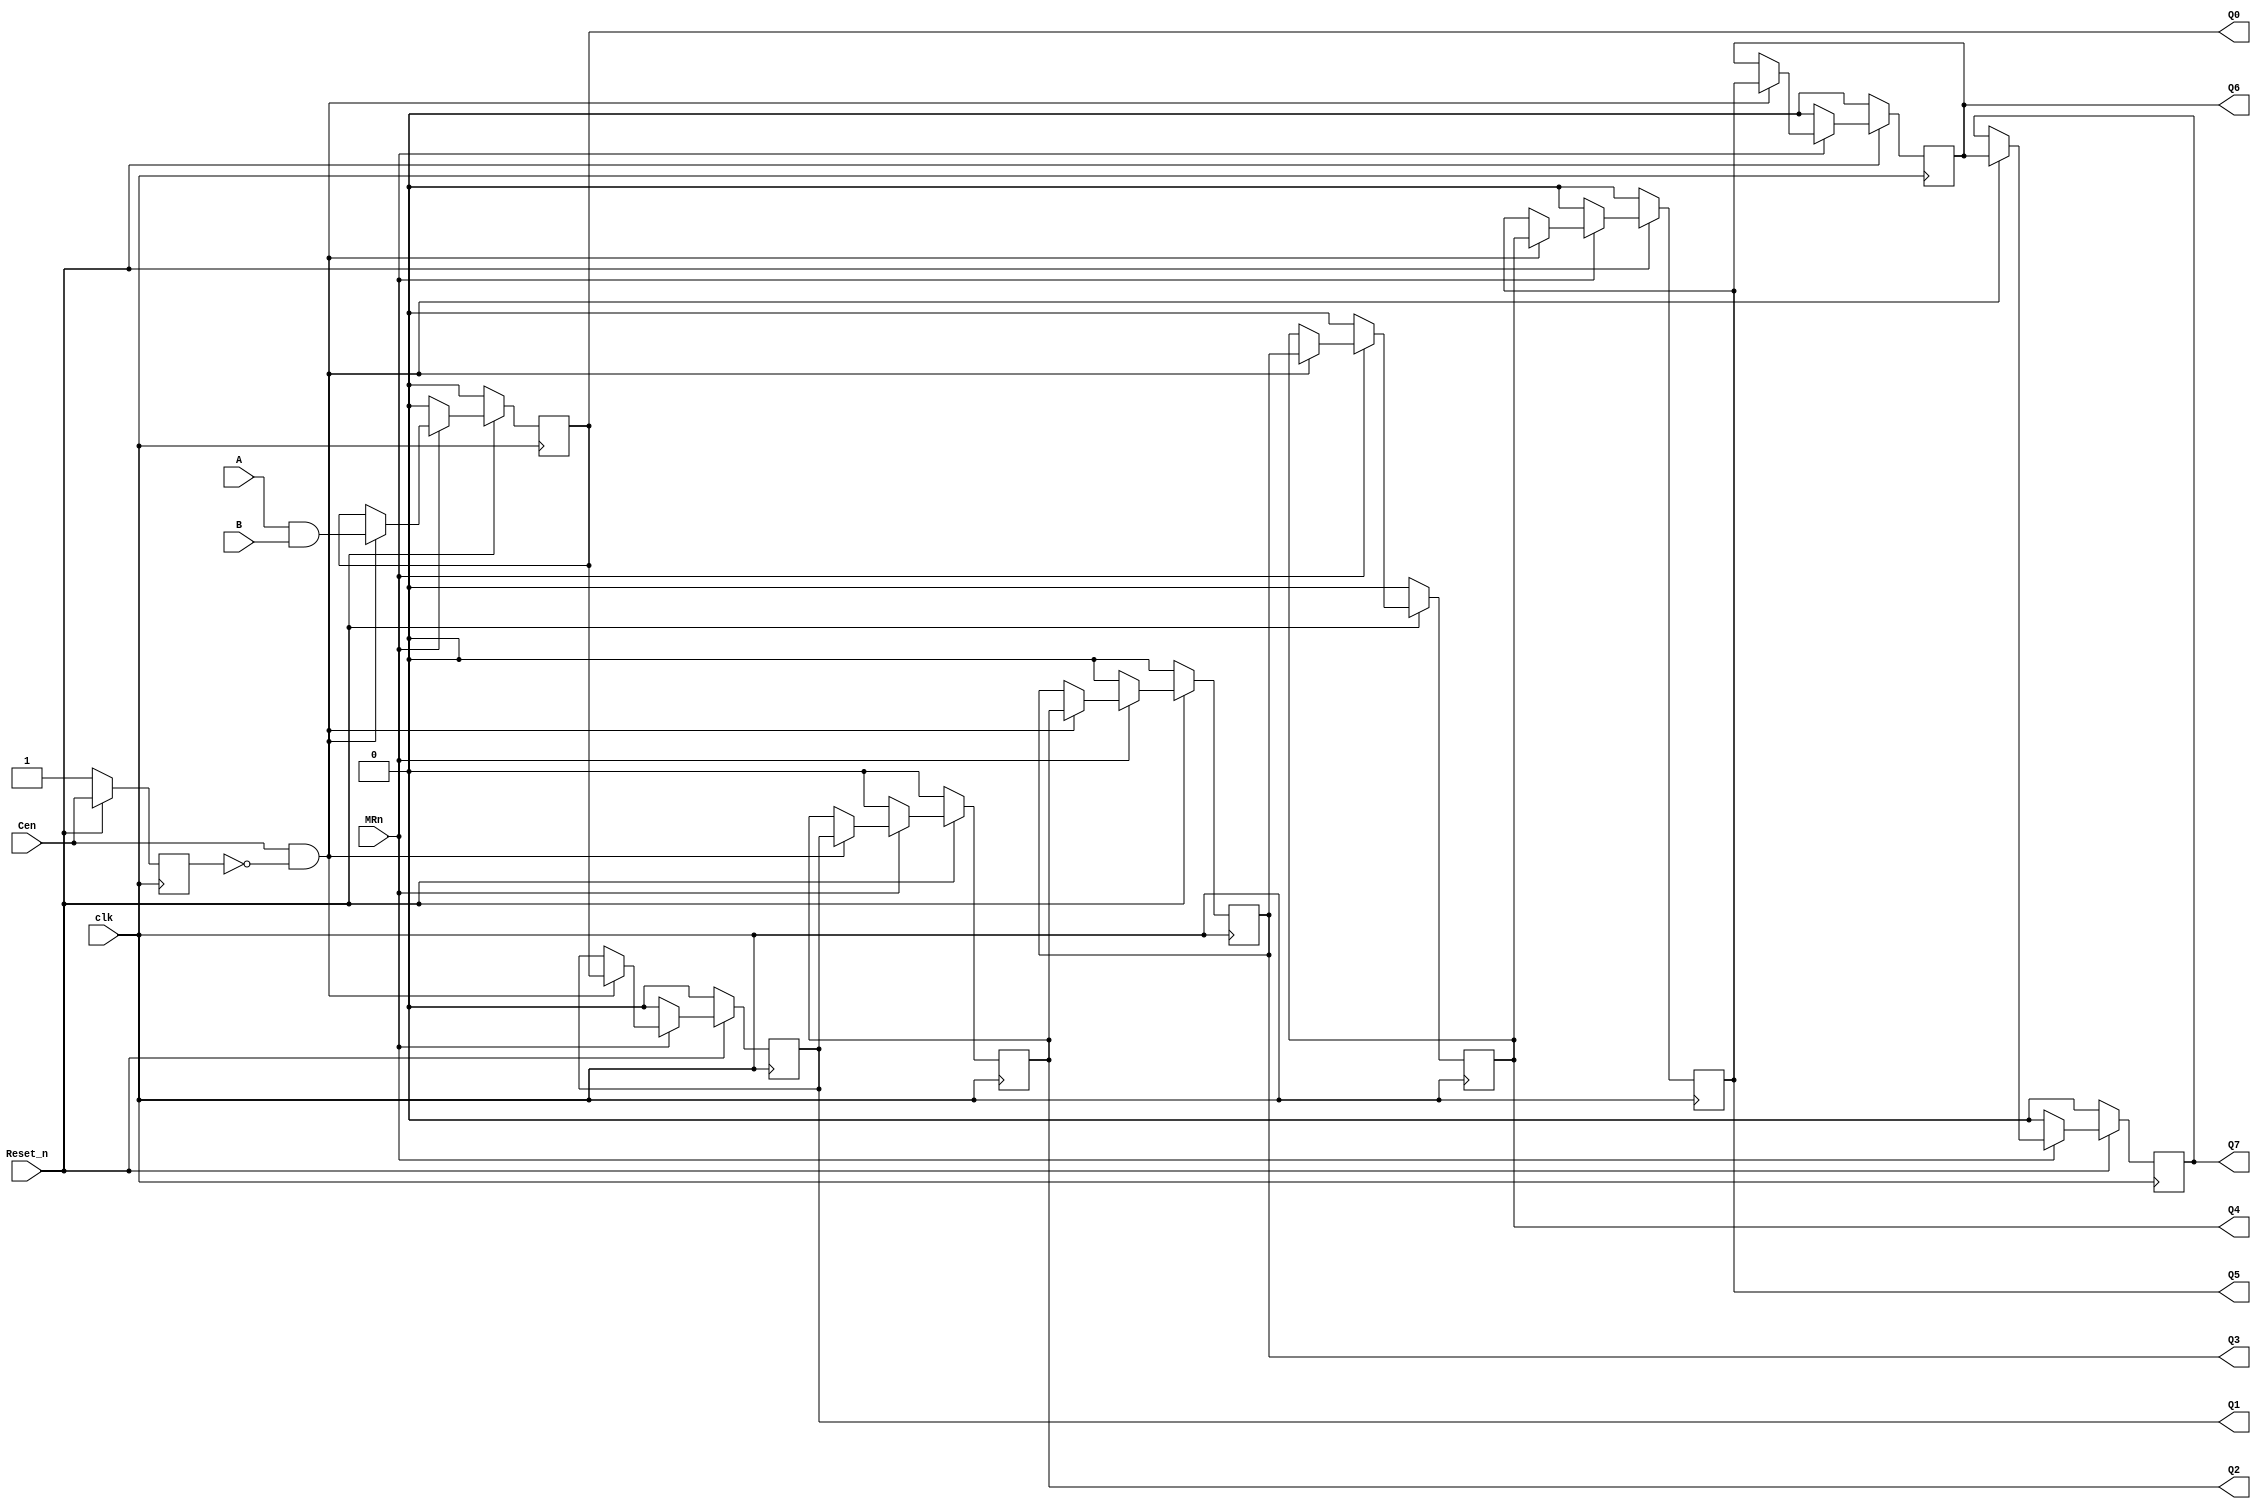
//ttl_74l164.v
//SN74LS164 Serial-In Parallel-Out Shift Register (8-bits)
// @RndMnkIII 15/10/2021.
// Based on On Semiconductor SN74LS164 Datasheet
// MRn to Q propagation delay (typ): 24ns
// clock to Q propagation delay (typ): (21+17)/2 = 19ns
//                   ---------------
//        A       ->| 1          14 |--  VCC
//        B       ->| 2          13 |->  Q7
//        Q0      ->| 3          12 |->  Q6
//        Q1      ->| 4          11 |->  Q5
//        Q2      ->| 5          10 |->  Q4
//        Q3      ->| 6          9  |O<- /MR        _
//        GND     --| 7          8  |<-  CP (CLK) _| |_
//                   ---------------
`default_nettype none
`timescale 1ns/1ps

module ttl_74164_sync (
    input wire A, B, //serial input data
    input wire Reset_n,
    input wire clk,
    //(*direct_enable*) input wire Cen,
    input wire Cen,
    input wire MRn, //Master Reset (async)
    output reg Q0, Q1, Q2, Q3, Q4, Q5, Q6, Q7
);
    wire serdata;
    assign serdata = A & B;
    reg last_cen;

    always @(posedge clk) begin
        if (!Reset_n) begin
            Q0 <= 1'b0;
            Q1 <= 1'b0;
            Q2 <= 1'b0;
            Q3 <= 1'b0;
            Q4 <= 1'b0;
            Q5 <= 1'b0;
            Q6 <= 1'b0;
            Q7 <= 1'b0;
            last_cen <= 1'b1;
        end else begin
            last_cen <= Cen;
            
            if (!MRn) begin
                Q0 <= 1'b0;
                Q1 <= 1'b0;
                Q2 <= 1'b0;
                Q3 <= 1'b0;
                Q4 <= 1'b0;
                Q5 <= 1'b0;
                Q6 <= 1'b0;
                Q7 <= 1'b0;
            end else if (Cen && !last_cen) begin
                Q0 <= serdata;
                Q1 <= Q0;
                Q2 <= Q1;
                Q3 <= Q2;
                Q4 <= Q3;
                Q5 <= Q4;
                Q6 <= Q5;
                Q7 <= Q6;
            end
        end
    end
endmodule